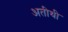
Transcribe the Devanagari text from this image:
अतीथी